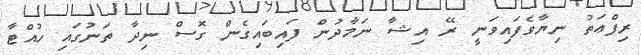
ރިފްޢަތު ނިޔާވެފައިވަނީ ރޭ އިޝާ ނަމާދުން ފައިބައިގެން ގޮސް ނިދާ ތަނުގައި ހުއްޓާ